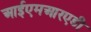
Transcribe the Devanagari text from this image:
आईएमआरएडी